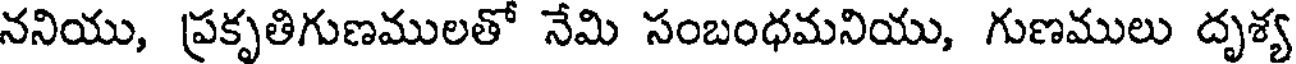
ననియు, ప్రకృతిగుణములతో నేమి సంబంధమనియు, గుణములు దృశ్య